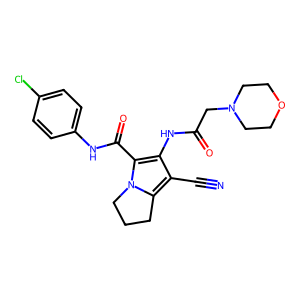
SMILES: N#Cc1c(NC(=O)CN2CCOCC2)c(C(=O)Nc2ccc(Cl)cc2)n2c1CCC2
Inhibits HIV replication: No